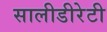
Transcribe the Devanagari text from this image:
सालीडीरेटी